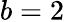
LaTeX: b=2